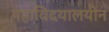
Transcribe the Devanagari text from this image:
महाविदयालयीन